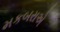
મકબરાએ